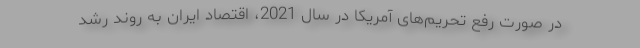
در صورت رفع تحریم‌های آمریکا در سال 2021، اقتصاد ایران به روند رشد